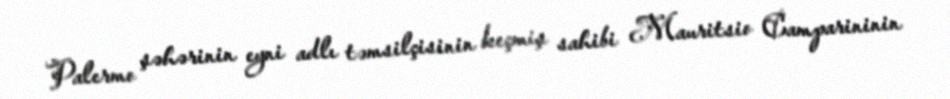
Palermo şəhərinin eyni adlı təmsilçisinin keçmiş sahibi Mauritsio Camparininin